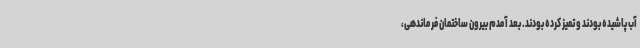
آب پاشیده بودند و تمیز کرده بودند. بعد آمدم بیرون ساختمان فرماندهی،